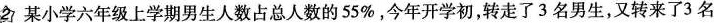
2某小学六年级上学期男生人数占总人数的55%，今年开学初，转走了3名男生，又转来了3名